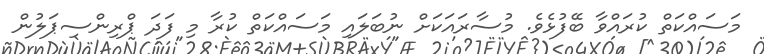
މަސައްކަތް ކުރައްވާ ބޭފުޅެވެ. މުސާރައަކަށް ނުބަލައި މަސައްކަތް ކުރާ މި ފަދަ ޕްރިންސިޕަލުން